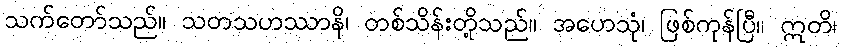
သက်တော်သည်။ သတသဟဿာနိ၊ တစ်သိန်းတို့သည်။ အဟေသုံ၊ ဖြစ်ကုန်ပြီ။ ဣတိ၊